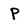
Character: p